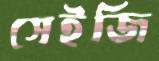
সেইজি